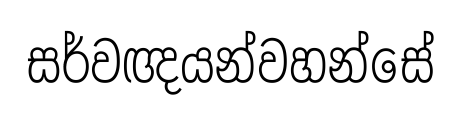
සර්වඥයන්වහන්සේ